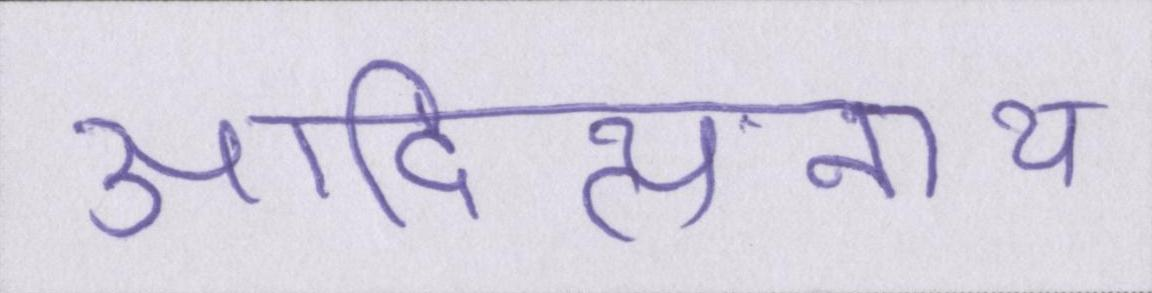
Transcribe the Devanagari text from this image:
आदित्यनाथ